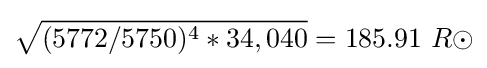
{\sqrt {(5772/5750)^{4}*34,040}}=185.91\ R\odot